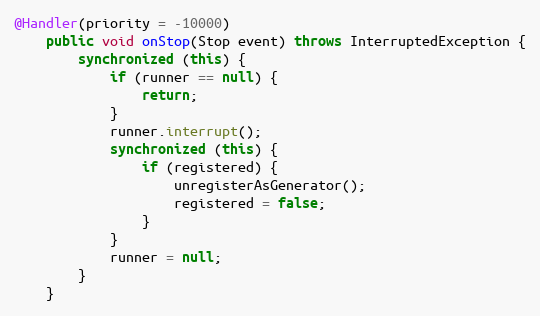
Language: Java
@Handler(priority = -10000)
    public void onStop(Stop event) throws InterruptedException {
        synchronized (this) {
            if (runner == null) {
                return;
            }
            runner.interrupt();
            synchronized (this) {
                if (registered) {
                    unregisterAsGenerator();
                    registered = false;
                }
            }
            runner = null;
        }
    }